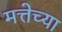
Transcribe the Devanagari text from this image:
मत्तेच्या